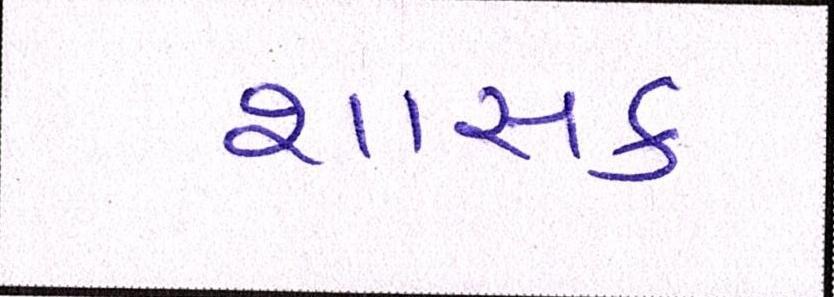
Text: શાસક